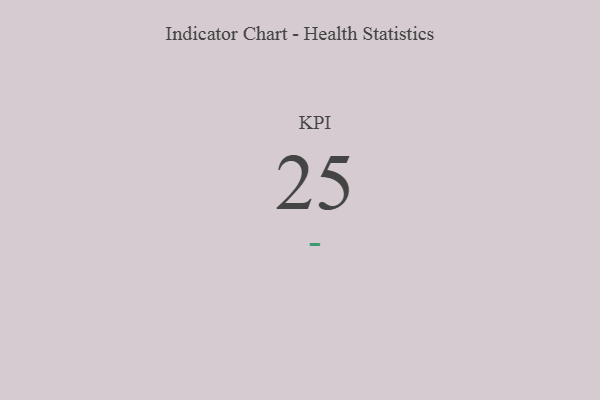
{"axis": {"x": "KPI", "y": "Value"}, "legend": [""], "data": [{"x": "KPI", "y": 25, "type": ""}]}